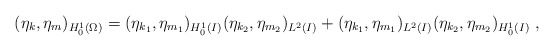
\begin{align*}(\eta_k,\eta_m)_{H^1_0(\Omega)} = (\eta_{k_1},\eta_{m_1})_{H^1_0({I})}(\eta_{k_2},\eta_{m_2})_{L^2({I})}+ (\eta_{k_1},\eta_{m_1})_{L^2({I})}(\eta_{k_2},\eta_{m_2})_{H^1_0({I})} \;,\end{align*}